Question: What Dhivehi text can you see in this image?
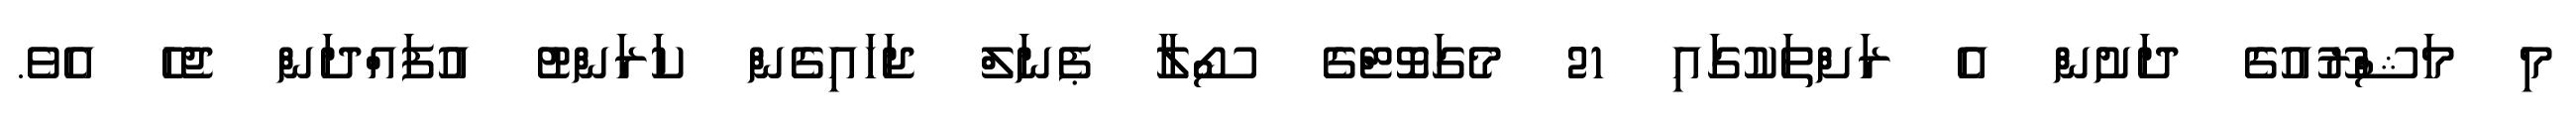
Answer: މި މަޝްރޫއުގެ ދަށުން އެ ރަށްތަކުގައި 21 މެގަވޮޓްގެ ސޯލާ ޕެނަލް ޖަހައިގެން ކަރަންޓު އުފައްދަން ޖެހެ އެވެ.